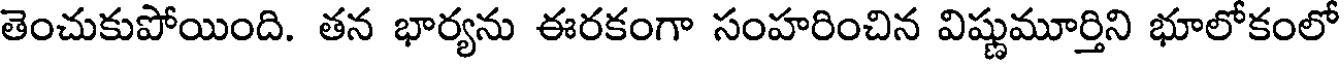
తెంచుకుపోయింది. తన భార్యను ఈరకంగా సంహరించిన విష్ణుమూర్తిని భూలోకంలో